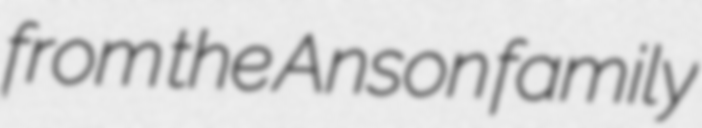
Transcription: from the Anson family